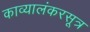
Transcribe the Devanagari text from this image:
काव्यालंकरसूत्र